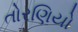
તોરણિયો